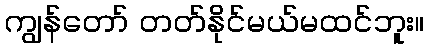
ကျွန်တော် တတ်နိုင်မယ်မထင်ဘူး။